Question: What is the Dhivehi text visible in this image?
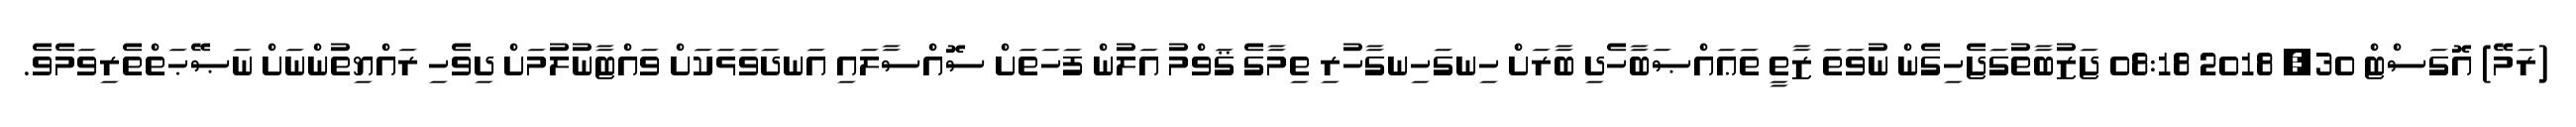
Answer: (ރަމޭ) އޮގަސްޓް 30, 2018 08:18 ޖަޒުބާތުގަޖެހިގެން ނުވަތަ ޒާތީ ތަޢައްޞަބާހެދި ބާރަށް ހިނގަހިނގާހުރި ތިމާގެ ޤަވްމު އަލުން ފަހަތަށް ސޮއްސާލައި އަނދަވަޅަކަށް ވައްޓާނުލުމަށް ދިވެހި ރައްޔިތުންނަށް ނަޞޭޙަތްތެރިވަމެވެ.